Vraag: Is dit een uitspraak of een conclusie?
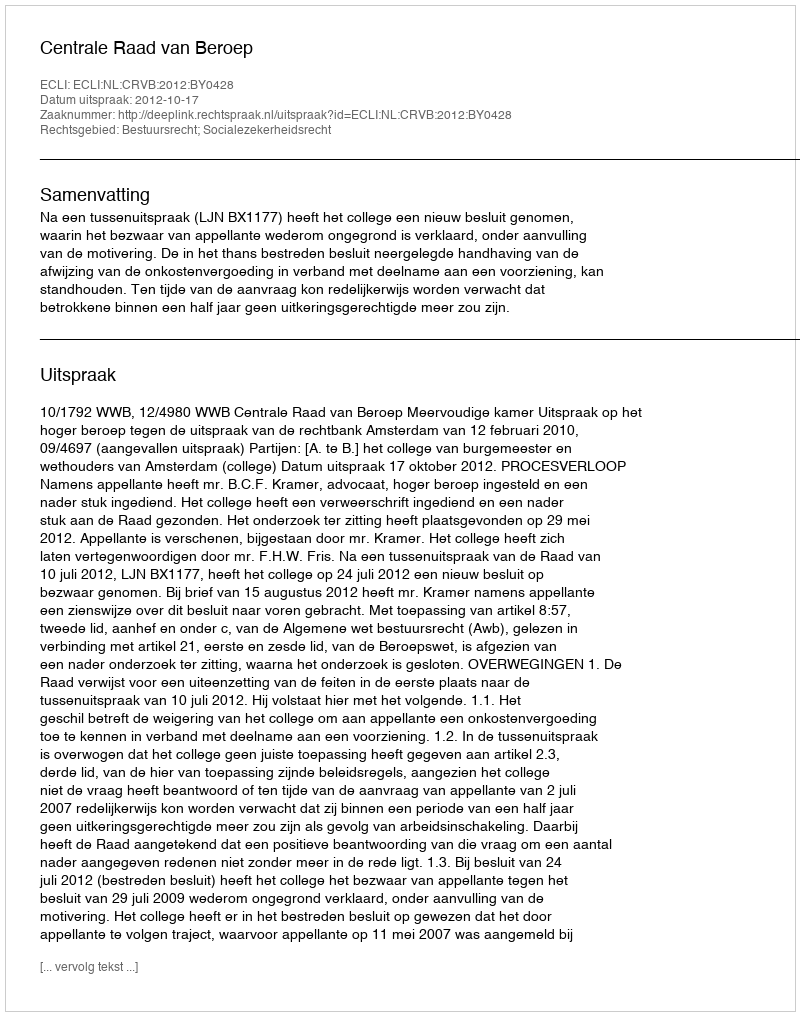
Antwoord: Uitspraak